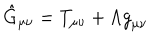
\hat { G } _ { \mu \nu } = { T } _ { \mu \nu } + \Lambda { g } _ { \mu \nu }